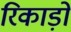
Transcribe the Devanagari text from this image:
रिकाड़ों